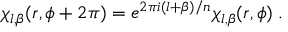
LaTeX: \chi _ { l , \beta } ( r , \phi + 2 \pi ) = e ^ { 2 \pi i ( l + \beta ) / n } \chi _ { l , \beta } ( r , \phi ) \; .